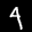
Label: 4